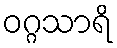
ဝဂ္ဂသာရိ